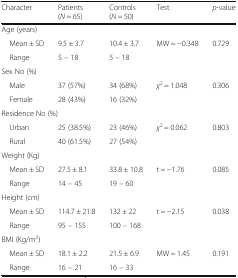
<table><thead><tr><td><b>Character</b></td><td><b>Patients (<i>N</i> = 65)</b></td><td><b>Controls (<i>N</i> = 50)</b></td><td><b>Test</b></td><td><b><i>p</i>-value</b></td></tr></thead><tbody><tr><td colspan="5">Age (years)</td></tr><tr><td> Mean ± SD</td><td>9.5 ± 3.7</td><td>10.4 ± 3.7</td><td rowspan="2">MW = −0.348</td><td rowspan="2">0.729</td></tr><tr><td> Range</td><td>5 – 18</td><td>5 – 18</td></tr><tr><td colspan="5">Sex No (%)</td></tr><tr><td> Male</td><td>37 (57%)</td><td>34 (68%)</td><td rowspan="2"><i>χ</i><sup>2</sup> = 1.048</td><td rowspan="2">0.306</td></tr><tr><td> Female</td><td>28 (43%)</td><td>16 (32%)</td></tr><tr><td colspan="5">Residence No (%)</td></tr><tr><td> Urban</td><td>25 (38.5%)</td><td>23 (46%)</td><td rowspan="2"><i>χ</i><sup>2</sup> = 0.062</td><td rowspan="2">0.803</td></tr><tr><td> Rural</td><td>40 (61.5%)</td><td>27 (54%)</td></tr><tr><td colspan="5">Weight (Kg)</td></tr><tr><td> Mean ± SD</td><td>27.5 ± 8.1</td><td>33.8 ± 10.8</td><td rowspan="2">t = −1.76</td><td rowspan="2">0.085</td></tr><tr><td> Range</td><td>14 – 45</td><td>19 – 60</td></tr><tr><td colspan="5">Height (cm)</td></tr><tr><td> Mean ± SD</td><td>114.7 ± 21.8</td><td>132 ± 22</td><td rowspan="2">t = −2.15</td><td rowspan="2">0.038</td></tr><tr><td> Range</td><td>95 – 155</td><td>100 – 168</td></tr><tr><td colspan="5">BMI (Kg/m<sup>2</sup>)</td></tr><tr><td> Mean ± SD</td><td>18.1 ± 2.2</td><td>21.5 ± 6.9</td><td rowspan="2">MW = 1.45</td><td rowspan="2">0.191</td></tr><tr><td> Range</td><td>16 – 21</td><td>16 – 33</td></tr></tbody></table>